Annual administration report of the Civil Veterinary Department, Sind - 1939-1940
Year: 1939
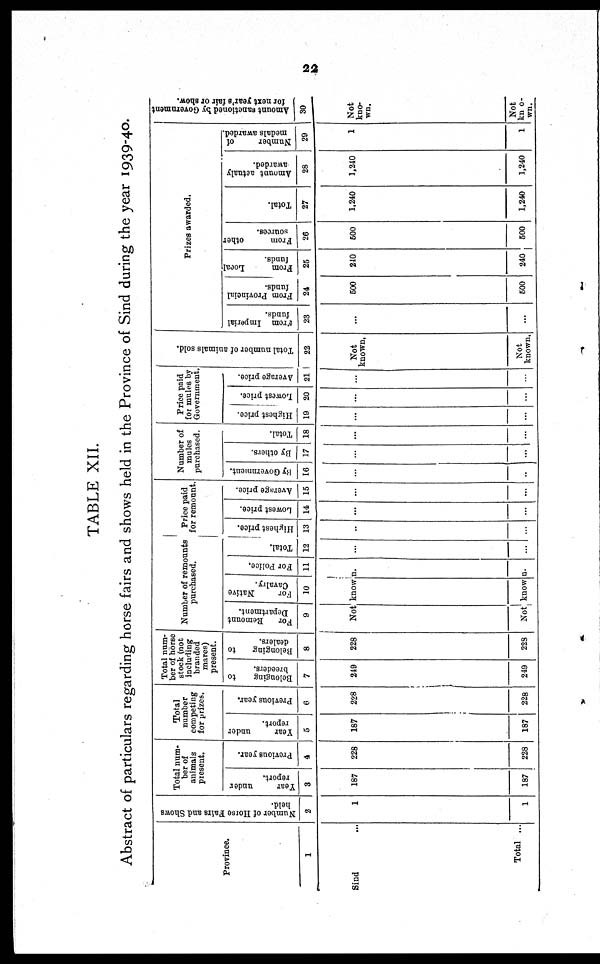
22
TABLE XII.
Abstract of particulars regarding horse fairs and shows held in the Province of Sind during the year 1939-40.
Province.
1
Sind ...
Total ...
Number of Horse Fairs and Shows
held.
2
1
1
Total num-
ber of
animals
present.
Year
under
report.
3
187
187
Previous year.
4
228
228
Total
number
competing
for prizes.
Year
under
report.
5
187
187
Previous year.
6
228
228
Total num-
ber of horse
stock (not
including
branded
mares)
present.
Belonging
to
breeders.
7
249
249
Belonging
to
dealers.
8
228
228
Number of remounts
purchased.
For
Remount
Department.
9
For
Native
Cavalry.
10
For Police.
11
Not known.
Not known.
Total.
12
...
...
Price paid
for remount.
Highest price.
13
...
...
Lowest price.
14
...
...
Average price.
15
...
...
Number of
mules
purchased.
By Government.
16
...
...
By others.
17
...
...
Total.
18
...
...
Price paid
for mules by
Government.
Highest price.
19
...
...
Lowest price.
20
...
...
Average price.
21
...
...
Total number of animals sold.
22
Not
known.
Not
known.
Prizes awarded.
From Imperial
funds.
23
...
...
From Provincial
funds.
24
600
500
From
Local
funds.
25
240
240
From
other
sources.
26
500
500
Total.
27
1,240
1,240
Amount actualy
awarded.
28
1,240
1,240
Number
of
medals awarded.
29
1
1
Amount sanctioned by Government
for next year's fair or show.
30
Not
kno-
wn.
Not
kno¬
wn.